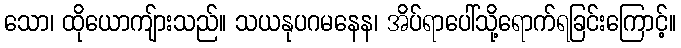
သော၊ ထိုယောကျ်ားသည်။ သယနုပဂမနေန၊ အိပ်ရာပေါ်သို့ရောက်ရခြင်းကြောင့်။